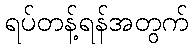
ရပ်တန့်ရန်အတွက်